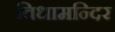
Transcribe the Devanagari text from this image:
विधामन्दिर